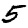
Digit: 5